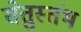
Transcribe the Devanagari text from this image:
सेतुस्तंभ